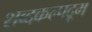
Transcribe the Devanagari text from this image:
शब्दकल्पद्रूम